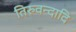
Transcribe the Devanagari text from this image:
तिरुवन्दादि